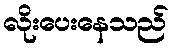
လိုးပေးနေသည်